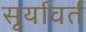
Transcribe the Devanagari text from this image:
सूर्यावर्त